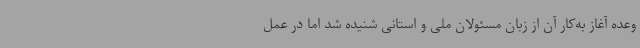
وعده آغاز به‌کار آن از زبان مسئولان ملی و استانی شنیده شد اما در عمل